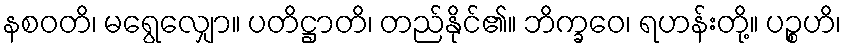
နစဝတိ၊ မရွေလျှော။ ပတိဋ္ဌာတိ၊ တည်နိုင်၏။ ဘိက္ခဝေ၊ ရဟန်းတို့။ ပဉ္စဟိ၊